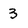
Character: 3